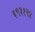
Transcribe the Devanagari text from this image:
६९३१२४